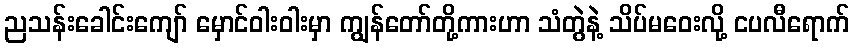
ညသန်းခေါင်းကျော် မှောင်ဝါးဝါးမှာ ကျွန်တော်တို့ကားဟာ သံတွဲနဲ့ သိပ်မဝေးလို့ ငပလီရောက်